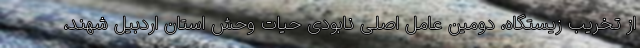
از تخریب زیستگاه، دومین عامل اصلی نابودی حیات وحش استان اردبیل شهند،